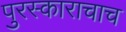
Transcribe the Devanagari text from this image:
पुरस्काराचाच